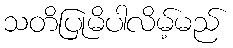
သတိပြုမိပါလိမ့်မည်